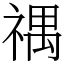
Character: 禑